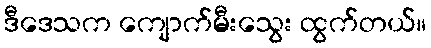
ဒီဒေသက ကျောက်မီးသွေး ထွက်တယ်။